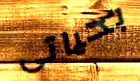
بحياتى